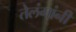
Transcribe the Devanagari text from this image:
तेलंगांनी